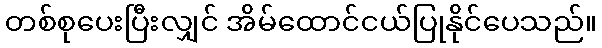
တစ်စုပေးပြီးလျှင် အိမ်ထောင်ငယ်ပြုနိုင်ပေသည်။